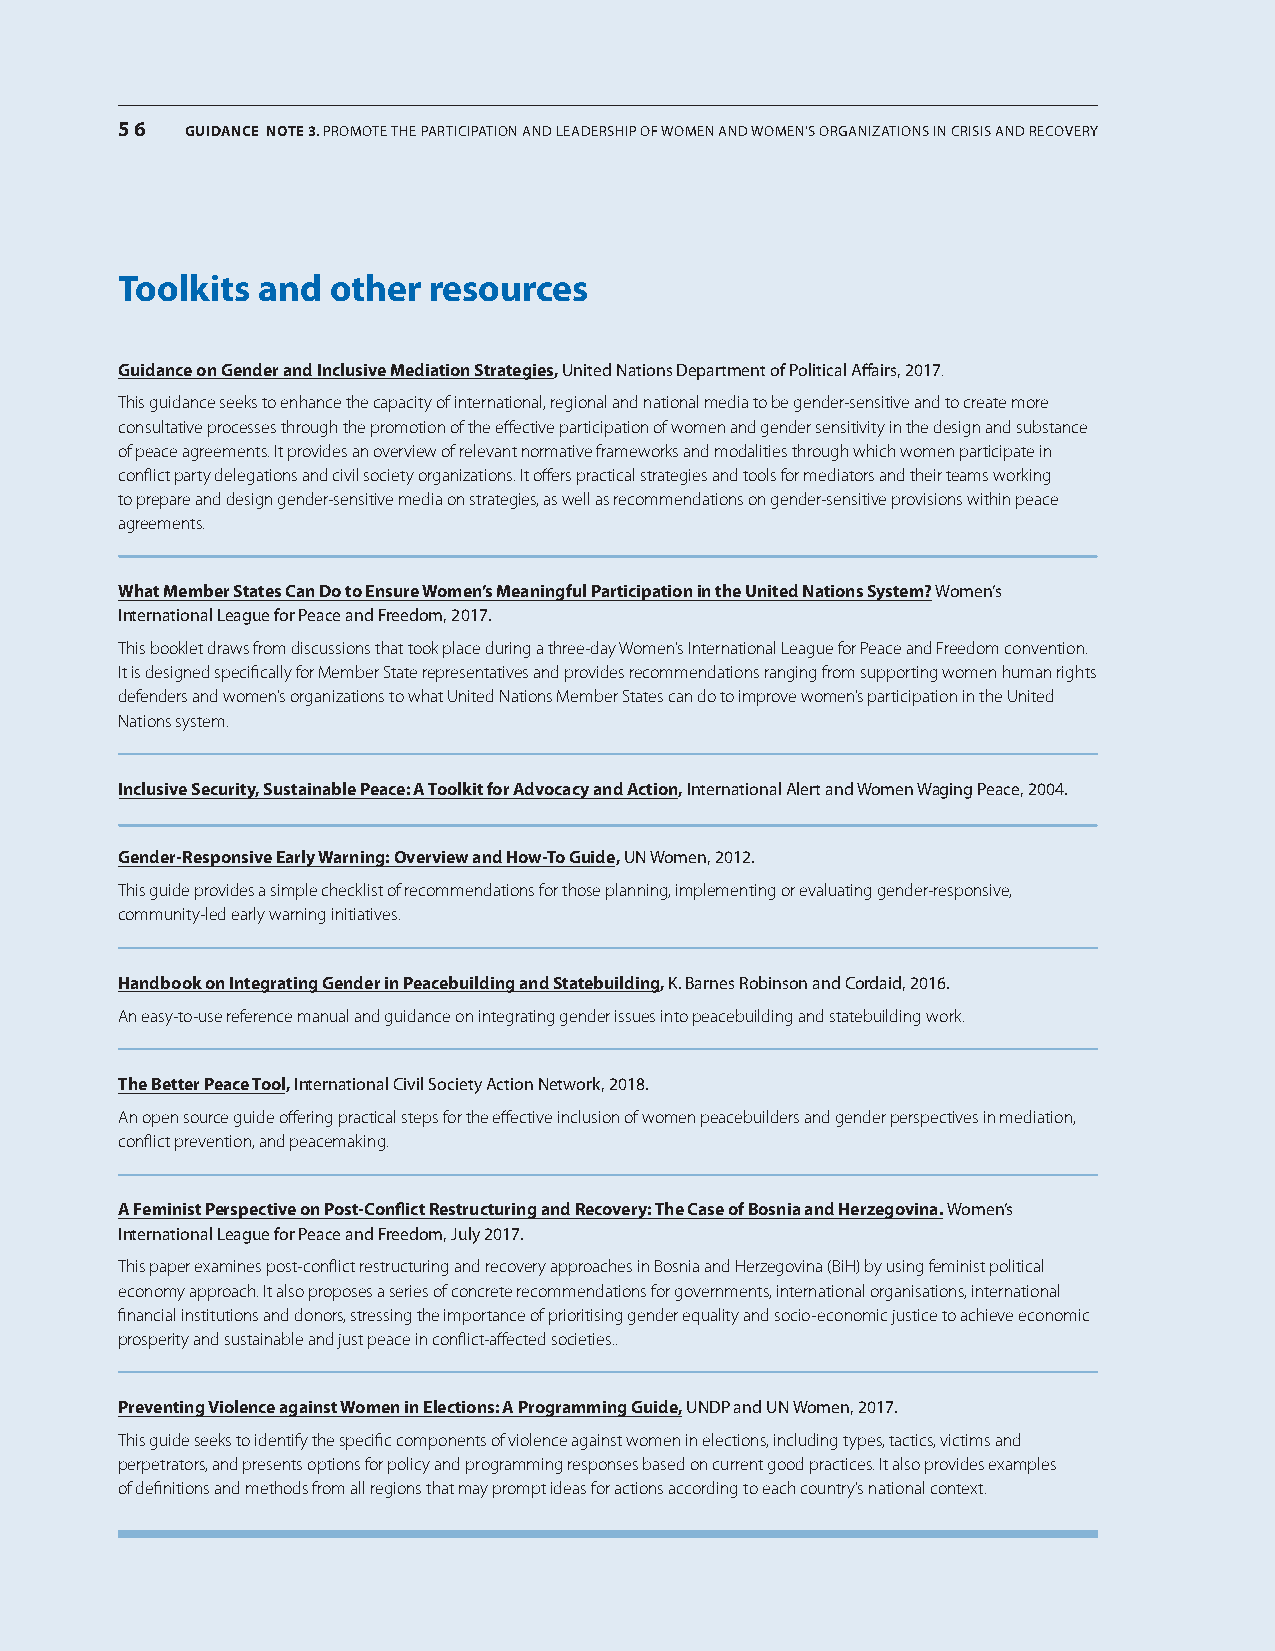
56  GUIDANCE NotE 3. Promote the ParticiPation and leadershiP of women and women’s organizations in crisis and recovery
 Toolkits and  other resources
 guidance on gender and inclusive mediation strategies, United nations department of Political affairs, 2017.
 This guidance seeks to enhance the capacity of international, regional and national media to be gender-sensitive and to create more
 consultative processes through the promotion of the effective participation of women and gender sensitivity in the design and substance
 of peace agreements. It provides an overview of relevant normative frameworks and modalities through which women participate in
 conflict party delegations and civil society organizations. It offers practical strategies and tools for mediators and their teams working
 to prepare and design gender-sensitive media on strategies, as well as recommendations on gender-sensitive provisions within peace
 agreements.
 What member states can Do to ensure Women’s meaningful participation in the united nations system? women’s
 international league for Peace and freedom, 2017.
 This booklet draws from discussions that took place during a three-day Women’s International League for Peace and Freedom convention.
 It is designed specifically for Member State representatives and provides recommendations ranging from supporting women human rights
 defenders and women’s organizations to what United Nations Member States can do to improve women’s participation in the United
 Nations system.
 inclusive security, sustainable peace: a Toolkit for advocacy and action, international alert and women waging Peace, 2004.
 gender-Responsive early Warning: overview and How-To guide, Un women, 2012.
 This guide provides a simple checklist of recommendations for those planning, implementing or evaluating gender-responsive,
 community-led early warning initiatives.
 Handbook on integrating gender in peacebuilding and statebuilding, k. Barnes robinson and cordaid, 2016.
 An easy-to-use reference manual and guidance on integrating gender issues into peacebuilding and statebuilding work.
 The Better peace Tool, international civil society action network, 2018.
 An open source guide offering practical steps for the effective inclusion of women peacebuilders and gender perspectives in mediation,
 conflict prevention, and peacemaking.
 a Feminist perspective on post-conflict Restructuring and Recovery: The case of Bosnia and Herzegovina. women’s
 international league for Peace and freedom, July 2017.
 This paper examines post-conflict restructuring and recovery approaches in Bosnia and Herzegovina (BiH) by using feminist political
 economy approach. It also proposes a series of concrete recommendations for governments, international organisations, international
 financial institutions and donors, stressing the importance of prioritising gender equality and socio-economic justice to achieve economic
 prosperity and sustainable and just peace in conflict-affected societies..
 preventing violence against Women in elections: a programming guide, UndP and Un women, 2017.
 This guide seeks to identify the specific components of violence against women in elections, including types, tactics, victims and
 perpetrators, and presents options for policy and programming responses based on current good practices. It also provides examples
 of definitions and methods from all regions that may prompt ideas for actions according to each country’s national context.